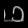
Digit: ၁